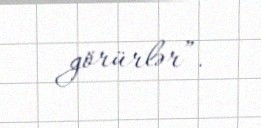
görürlər”.